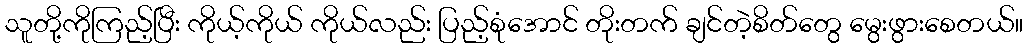
သူတို့ကိုကြည့်ပြီး ကိုယ့်ကိုယ် ကိုယ်လည်း ပြည့်စုံအောင် တိုးတက် ချင်တဲ့စိတ်တွေ မွေးဖွားစေတယ်။